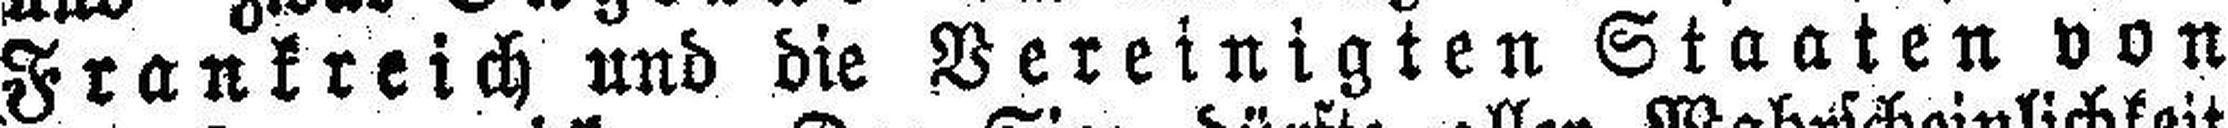
Frankreich und die Vereinigten Staaten von